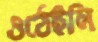
ওঠেইনি